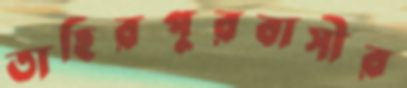
তাহিরপুরবাসীর